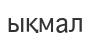
ықмал